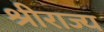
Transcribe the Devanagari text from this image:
श्रीराज्य